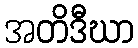
အတိဒီဃာ